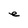
Character: e